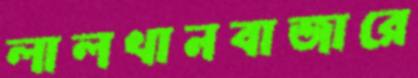
লালখানবাজারে